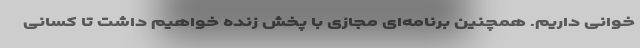
خوانی داریم. همچنین برنامه‌ای مجازی با پخش زنده خواهیم داشت تا کسانی